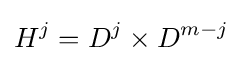
H^{j}=D^{j}\times D^{m-j}